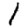
Digit: 1